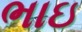
ભાઇ